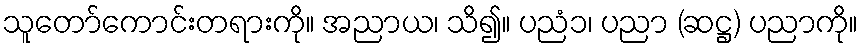
သူတော်ကောင်းတရားကို။ အညာယ၊ သိ၍။ ပညံ၁၊ ပညာ (ဆဋ္ဌ) ပညာကို။